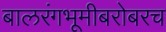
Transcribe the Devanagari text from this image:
बालरंगभूमीबरोबरच